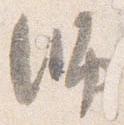
師